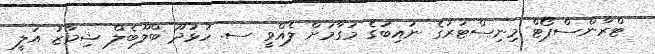
ޓްރާންސްޕޯޓް މިނިސްޓަރުގެ ނައިބުގެ މަގާމަށް ލެއްވީ ސ. ހުޅުދޫ ބްލޫބެލް ޝިމާޒު އަލީ